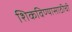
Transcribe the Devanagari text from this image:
शिकविण्यासाठीची